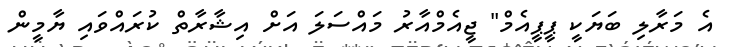
އެ މަރާލި ބަޔަކީ ޕީޕީއެމް" ޖީއެމްއާރު މައްސަލަ އަށް އިޝާރާތް ކުރައްވައި ޔާމީން